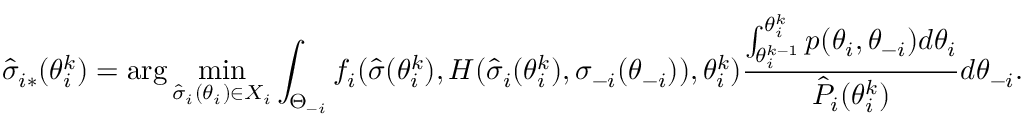
\hat { \sigma } _ { i * } ( \theta _ { i } ^ { k } ) = \arg \operatorname* { m i n } _ { \hat { \sigma } _ { i } ( \theta _ { i } ) \in X _ { i } } \int _ { \Theta _ { - i } } f _ { i } ( \hat { \sigma } ( \theta _ { i } ^ { k } ) , H ( \hat { \sigma } _ { i } ( \theta _ { i } ^ { k } ) , \sigma _ { - i } ( \theta _ { - i } ) ) , \theta _ { i } ^ { k } ) \frac { \int _ { \theta _ { i } ^ { k - 1 } } ^ { \theta _ { i } ^ { k } } p ( \theta _ { i } , \theta _ { - i } ) d \theta _ { i } } { \hat { P } _ { i } ( \theta _ { i } ^ { k } ) } d \theta _ { - i } .